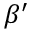
\beta ^ { \prime }